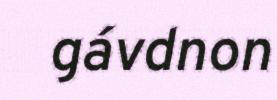
gávdnon